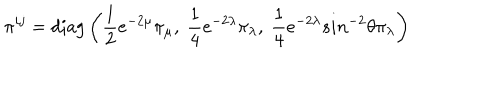
LaTeX: \pi ^ { i j } = \mathrm { d i a g } \left( \frac { 1 } { 2 } e ^ { - 2 \mu } \pi _ { \mu } , ~ \frac { 1 } { 4 } e ^ { - 2 \lambda } \pi _ { \lambda } , ~ \frac { 1 } { 4 } e ^ { - 2 \lambda } s i n ^ { - 2 } \theta \pi _ { \lambda } \right)